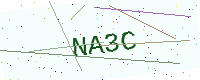
Text: NA3C